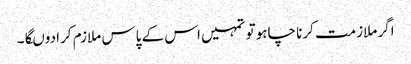
اگر ملازمت کرنا چاہو تو تمہیں اس کے پاس ملازم کرا دوںگا۔